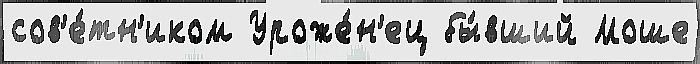
сов'е́тн'иком Уроже́н'ец бы́вший Моше